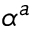
\alpha ^ { a }